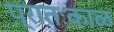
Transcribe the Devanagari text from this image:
प्रातःकाळ